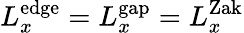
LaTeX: L_{x}^{\mathrm{edge}}=L_{x}^{\mathrm{gap}}=L_{x}^{\mathrm{Zak}}